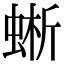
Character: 蜥